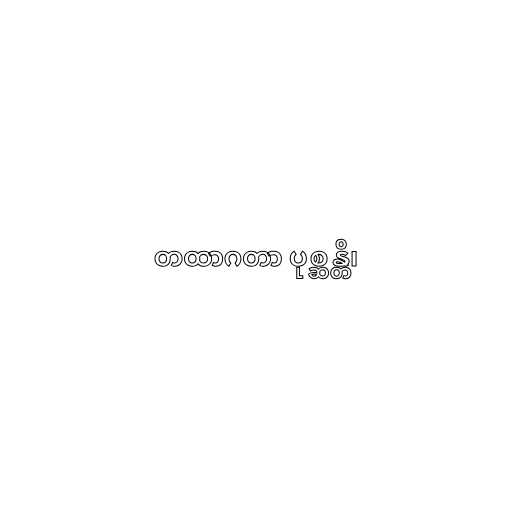
တထာဂတာ ပုစ္ဆန္တိ၊